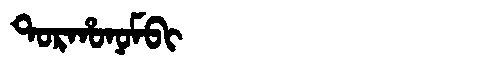
Manchu: ᡨᠣᡵᡥᠣᠨᠣᠮᠪᡳ
Romanization: TORHONOMBI